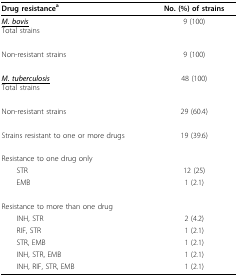
| Drug resistancea | No. (%) of strains |
 | --- | --- |
 | <underline>M. bovis</underline>Total strains | 9 (100) |
 | Non-resistant strains | 9 (100) |
 | <underline>M. tuberculosis</underline>Total strains | 48 (100) |
 | Non-resistant strains | 29 (60.4) |
 | Strains resistant to one or more drugs | 19 (39.6) |
 | Resistance to one drug only |  |
 | STR | 12 (25) |
 | EMB | 1 (2.1) |
 | Resistance to more than one drug |  |
 | INH, STR | 2 (4.2) |
 | RIF, STR | 1 (2.1) |
 | STR, EMB | 1 (2.1) |
 | INH, STR, EMB | 1 (2.1) |
 | INH, RIF, STR, EMB | 1 (2.1) |